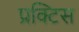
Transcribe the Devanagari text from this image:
प्रक्‍टिस